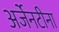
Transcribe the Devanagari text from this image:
अर्जेनटीना